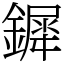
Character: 𨬯